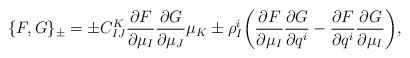
LaTeX: \begin{align*} \{ F, G \} _\pm = \pm C _{ I J } ^K \frac{ \partial F }{ \partial \mu _I } \frac{ \partial G }{ \partial \mu _J } \mu _K \pm \rho ^i _I \biggl( \frac{ \partial F }{ \partial \mu _I } \frac{ \partial G }{ \partial q ^i } - \frac{ \partial F }{ \partial q ^i } \frac{ \partial G }{ \partial \mu _I } \biggr) ,\end{align*}